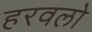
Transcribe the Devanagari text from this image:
हरवलो